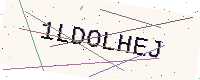
Text: 1LDOLHEJ